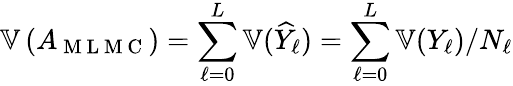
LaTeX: \mathbb{V}\left(A_{\mathrm{~M~L~M~C~}}\right)=\sum_{\ell=0}^{L}\mathbb{V}(\widehat{Y}_{\ell})=\sum_{\ell=0}^{L}\mathbb{V}(Y_{\ell})/N_{\ell}